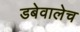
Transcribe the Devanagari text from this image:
डबेवालेच